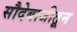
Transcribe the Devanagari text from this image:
सौदेबाजीतून